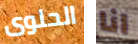
الحلوى انا